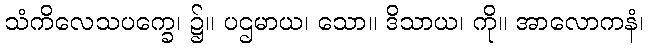
သံကိလေသပက္ခေ၊ ၌။ ပဌမာယ၊ သော။ ဒိသာယ၊ ကို။ အာလောကနံ၊